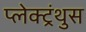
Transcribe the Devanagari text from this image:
प्लेक्ट्रंथुस